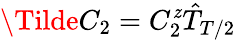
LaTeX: \Tilde{C}_{2}=C_{2}^{\mathit{z}}\hat{{T}}_{T/2}